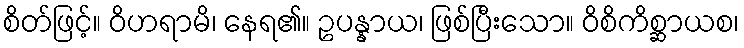
စိတ်ဖြင့်။ ဝိဟရာမိ၊ နေရ၏။ ဥပန္နာယ၊ ဖြစ်ပြီးသော။ ဝိစိကိစ္ဆာယစ၊